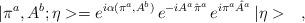
LaTeX: \begin{align*}|\pi^a,A^b;\eta>=e^{i\alpha(\pi^a,A^b)}\,e^{-iA^a\hat{\pi}^a}\,e^{i\pi^a\hat{A}^a}\,|\eta>\ \ \ ,\end{align*}